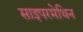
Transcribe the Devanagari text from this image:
साइपरमेथिन